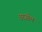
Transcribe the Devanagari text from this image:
वरसीम